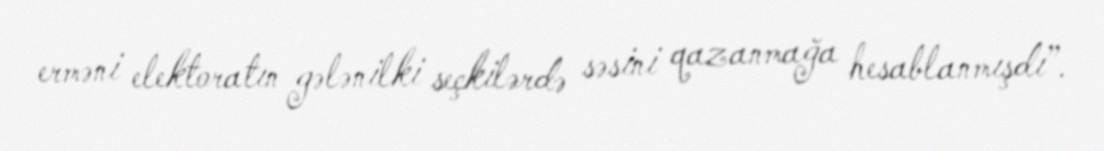
erməni elektoratın gələnilki seçkilərdə səsini qazanmağa hesablanmışdı”.